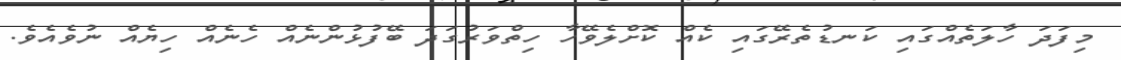
މިފަދަ ހާލަތެއްގައި ކަނޑުތެރޭގައި ކެއް ކޮށްލެވޭހާ ހިތްވަރުގަދަ ބޭފުޅުންނެއް ހެނެއް ހިޔެއް ނުވެއެވެ.